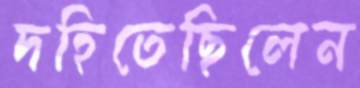
দহিতেছিলেন